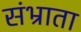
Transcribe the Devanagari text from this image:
संभ्राता